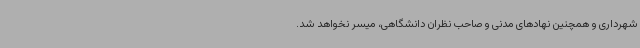
شهرداری و همچنین نهادهای مدنی و صاحب نظران دانشگاهی، میسر نخواهد شد.